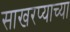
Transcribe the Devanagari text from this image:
साखरप्याच्या